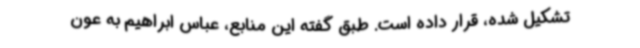
تشکیل شده، قرار داده است. طبق گفته این منابع، عباس ابراهیم به عون